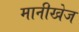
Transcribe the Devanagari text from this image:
मानीखेज